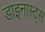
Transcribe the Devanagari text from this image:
डाइनास्ट्स